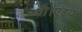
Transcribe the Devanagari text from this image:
थी।एंड्रयू